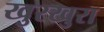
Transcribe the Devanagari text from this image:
खुरखुरा